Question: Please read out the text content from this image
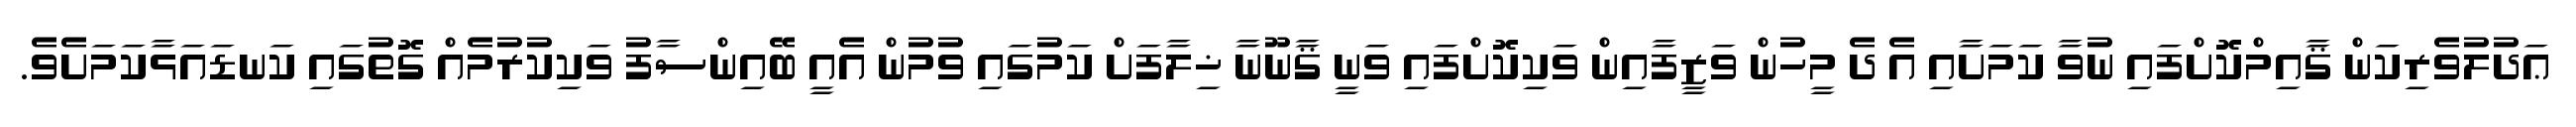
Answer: ޢަދުލުވެރިކަން ޤާއިމްކޮށްފައި ނުވާ ކަމަށާއި އެ ދެ މީހުން ވަޒީފާއިން ވަކިކޮށްފައި ވަނީ ޤާނޫނާ ޚިލާފަށް ކަމުގައި ވުމުން އެއީ ބޭއިންސާފު ވަކިކުރުމެއް ގޮތުގައި ކަނޑައަޅާކަމަށެވެ.